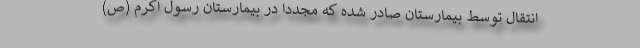
انتقال توسط بیمارستان صادر شده که مجدداً در بیمارستان رسول اکرم (ص)